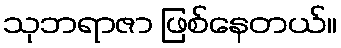
သုဘရာဇာ ဖြစ်နေတယ်။